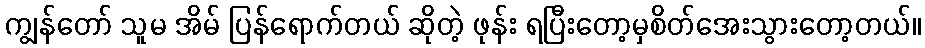
ကျွန်တော် သူမ အိမ် ပြန်ရောက်တယ် ဆိုတဲ့ ဖုန်း ရပြီးတော့မှစိတ်အေးသွားတော့တယ်။